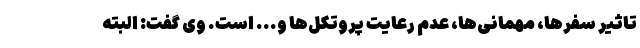
تاثیر سفرها، مهمانی‌ها، عدم رعایت پروتکل‌ها و... است. وی گفت: البته